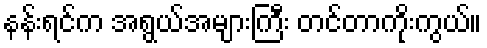
နန်းရင်က အရွယ်အများကြီး တင်တာကိုးကွယ်။